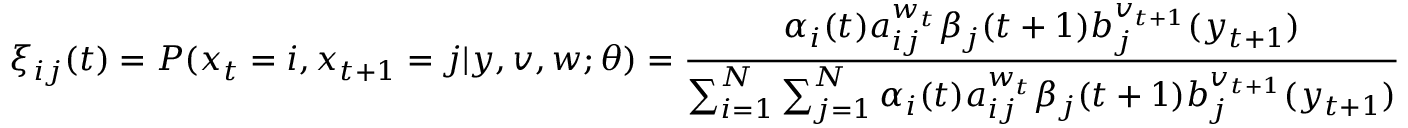
\xi _ { i j } ( t ) = P ( x _ { t } = i , x _ { t + 1 } = j | y , v , w ; \theta ) = { \frac { \alpha _ { i } ( t ) a _ { i j } ^ { w _ { t } } \beta _ { j } ( t + 1 ) b _ { j } ^ { v _ { t + 1 } } ( y _ { t + 1 } ) } { \sum _ { i = 1 } ^ { N } \sum _ { j = 1 } ^ { N } \alpha _ { i } ( t ) a _ { i j } ^ { w _ { t } } \beta _ { j } ( t + 1 ) b _ { j } ^ { v _ { t + 1 } } ( y _ { t + 1 } ) } }